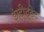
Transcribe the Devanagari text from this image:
इंस्टीटुटेट